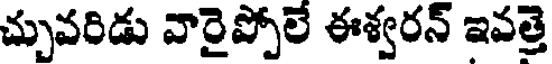
చ్చువరిడు వారైప్పోలే ఈశ్వరన్ ఇవత్తె